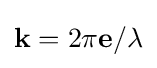
\mathbf {k} =2\pi \mathbf {e} /\lambda